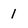
Character: 1